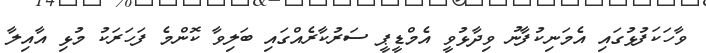
ވާހަކަފުޅުގައި އެމަނިކުފާނު ވިދާޅުވީ އެމްޑީޕީ ސަރުކާރެއްގައި ބަލިވާ ކޮންމެ ފަހަރަކު މުޅި އާއިލާ